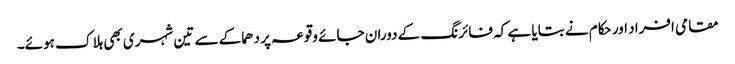
مقامی افراد اور حکام نے بتایا ہے کہ فائرنگ کے دوران جائے وقوعہ پر دھماکے سے تین شہری بھی ہلاک ہوئے۔